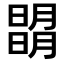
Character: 𣊧